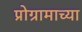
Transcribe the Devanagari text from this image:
प्रोग्रामाच्या